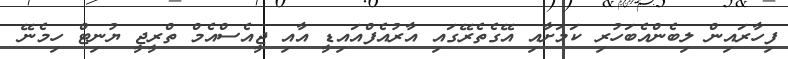
ފިހާރައިން ލިބެންއެބަހުރި ކަމަށާއި އޭގެތެރޭގައި އާރުއެފްއައިޑީ އާއި ޖީއެސްއެމް ތްރީޖީ ޔުނިޓް ހިމެނޭ